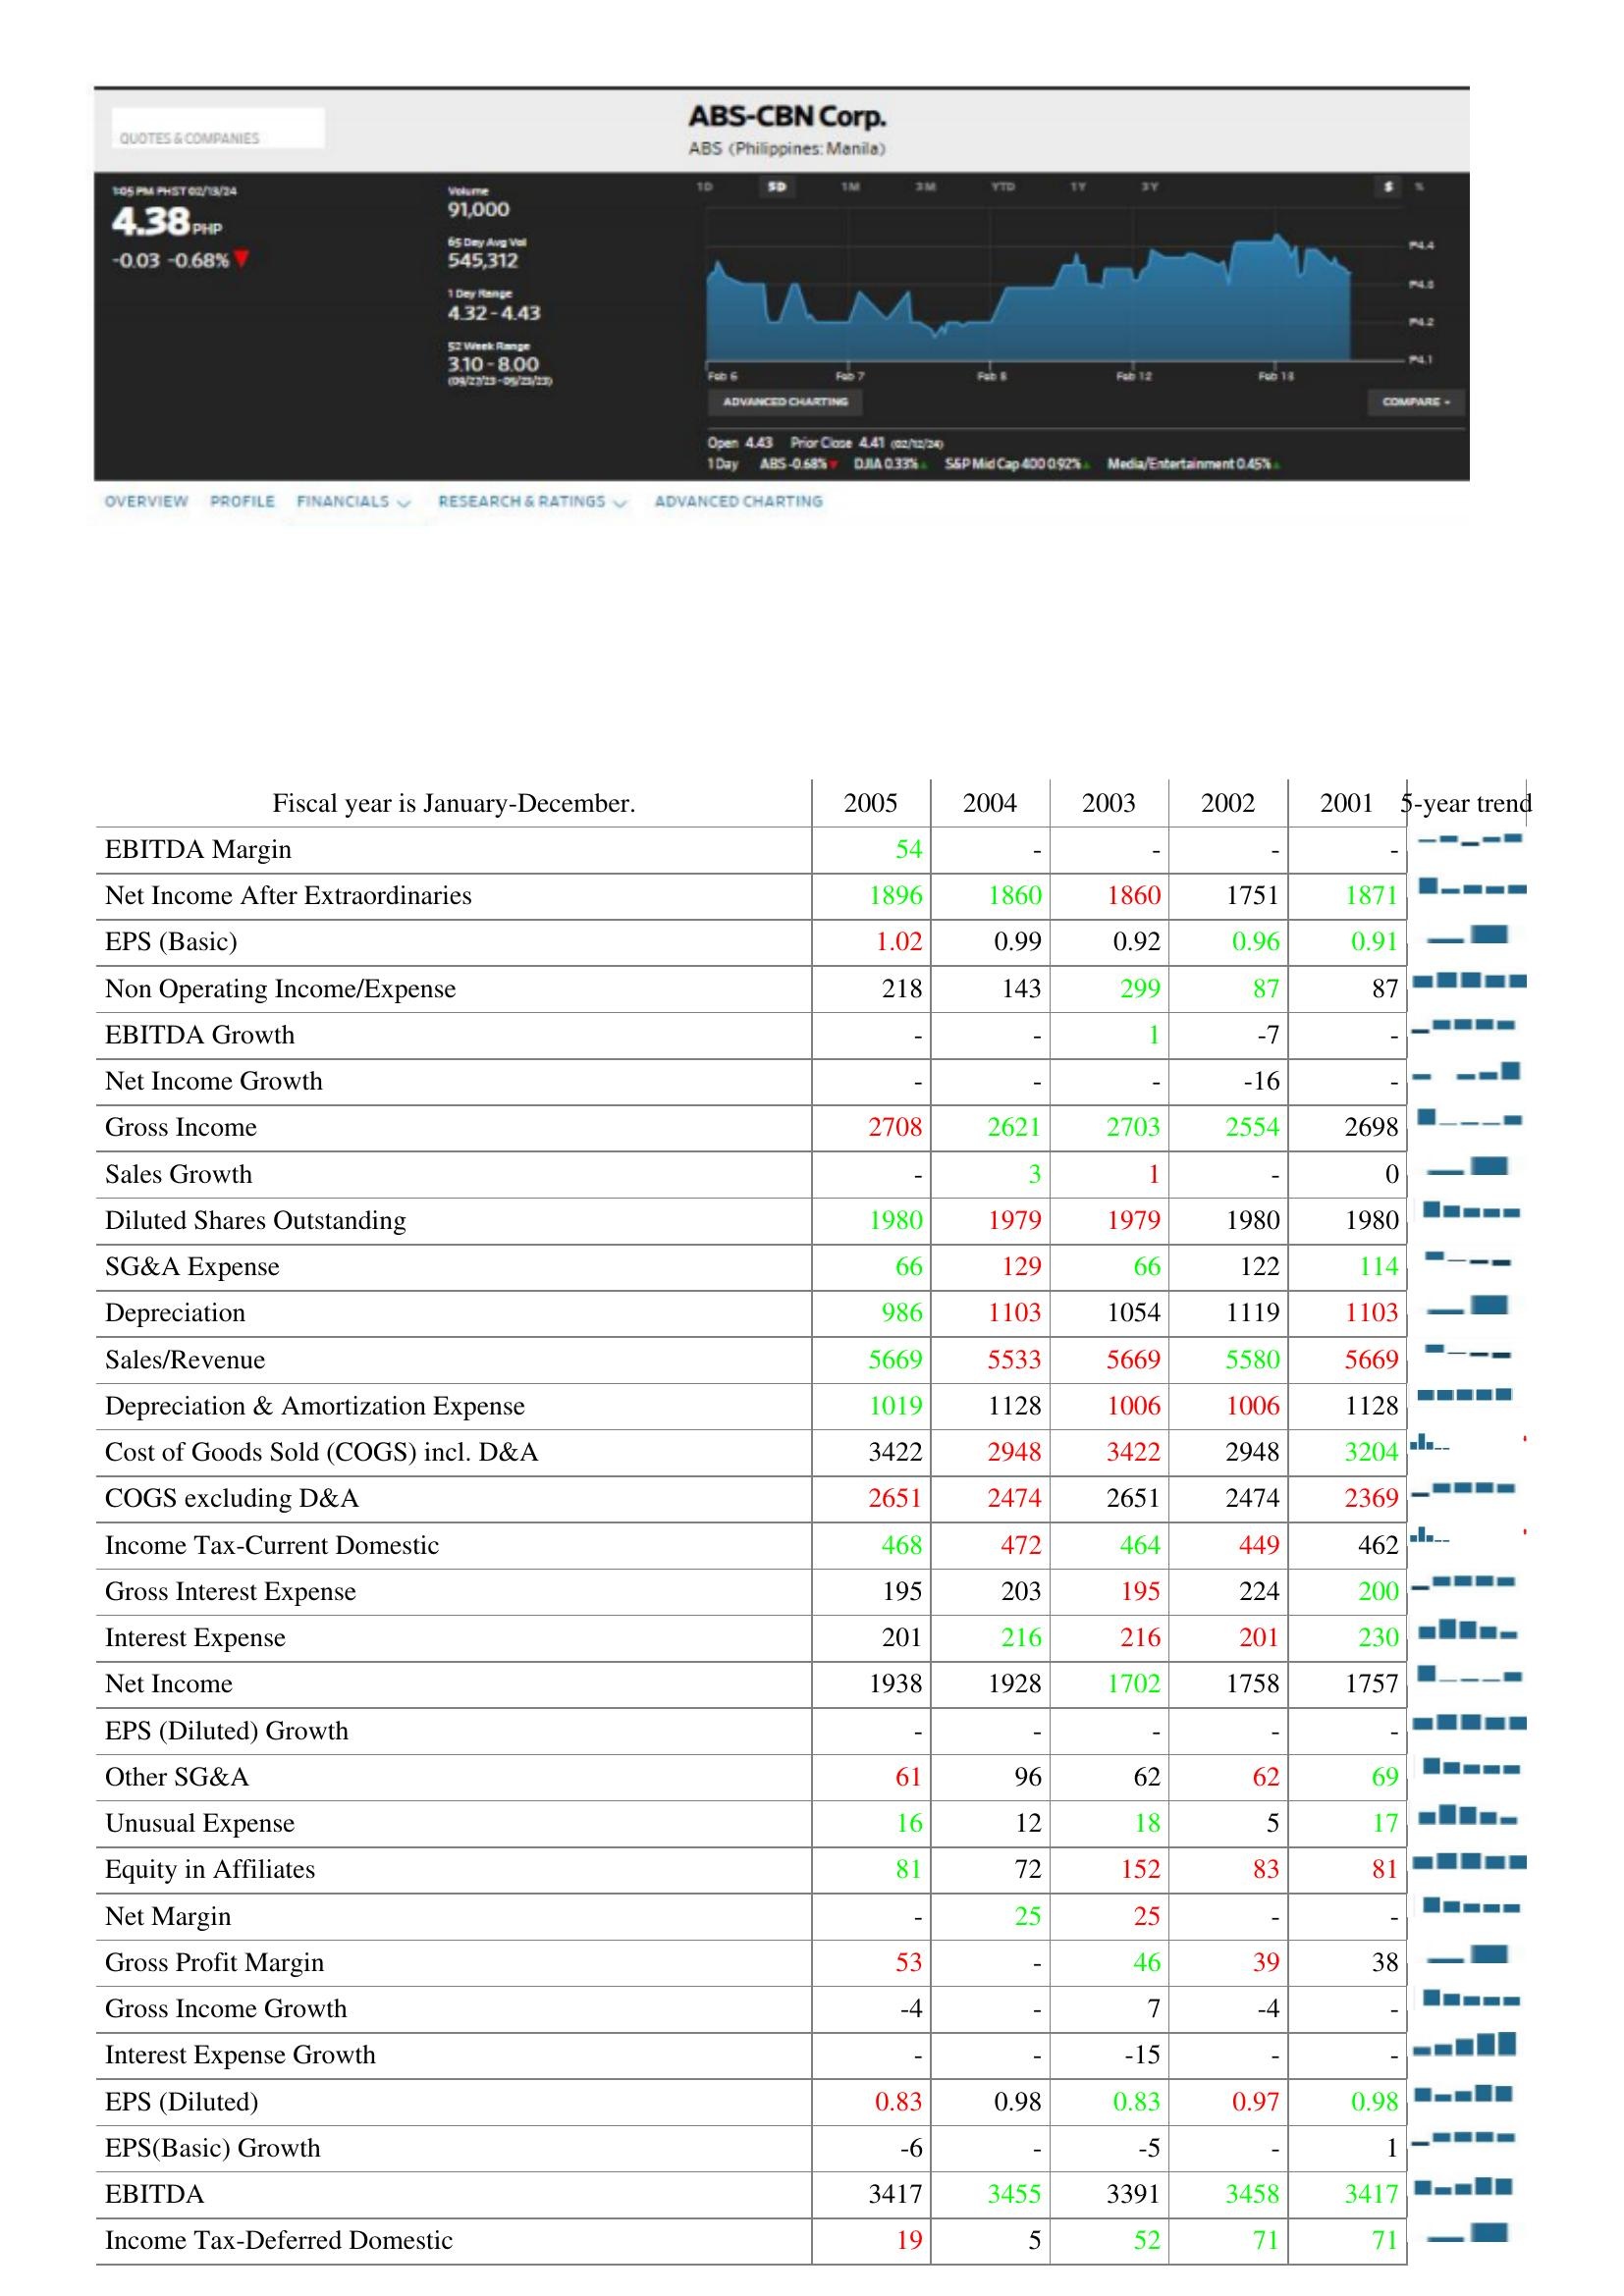
2005: : EBITDA Margin: 54
Net Income After Extraordinaries: 1896
EPS (Basic): 1.02
Non Operating Income/Expense: 218
EBITDA Growth: -
Net Income Growth: -
Gross Income: 2708
Sales Growth: -
Diluted Shares Outstanding: 1980
SG&A Expense: 66
Depreciation: 986
Sales/Revenue: 5669
Depreciation & Amortization Expense: 1019
Cost of Goods Sold (COGS) incl. D&A: 3422
COGS excluding D&A: 2651
Income Tax-Current Domestic: 468
Gross Interest Expense: 195
Interest Expense: 201
Net Income: 1938
EPS (Diluted) Growth: -
Other SG&A: 61
Unusual Expense: 16
Equity in Affiliates: 81
Net Margin: -
Gross Profit Margin: 53
Gross Income Growth: -4
Interest Expense Growth: -
EPS (Diluted): 0.83
EPS(Basic) Growth: -6
EBITDA: 3417
Income Tax-Deferred Domestic: 19
2004: : EBITDA Margin: -
Net Income After Extraordinaries: 1860
EPS (Basic): 0.99
Non Operating Income/Expense: 143
EBITDA Growth: -
Net Income Growth: -
Gross Income: 2621
Sales Growth: 3
Diluted Shares Outstanding: 1979
SG&A Expense: 129
Depreciation: 1103
Sales/Revenue: 5533
Depreciation & Amortization Expense: 1128
Cost of Goods Sold (COGS) incl. D&A: 2948
COGS excluding D&A: 2474
Income Tax-Current Domestic: 472
Gross Interest Expense: 203
Interest Expense: 216
Net Income: 1928
EPS (Diluted) Growth: -
Other SG&A: 96
Unusual Expense: 12
Equity in Affiliates: 72
Net Margin: 25
Gross Profit Margin: -
Gross Income Growth: -
Interest Expense Growth: -
EPS (Diluted): 0.98
EPS(Basic) Growth: -
EBITDA: 3455
Income Tax-Deferred Domestic: 5
2003: : EBITDA Margin: -
Net Income After Extraordinaries: 1860
EPS (Basic): 0.92
Non Operating Income/Expense: 299
EBITDA Growth: 1
Net Income Growth: -
Gross Income: 2703
Sales Growth: 1
Diluted Shares Outstanding: 1979
SG&A Expense: 66
Depreciation: 1054
Sales/Revenue: 5669
Depreciation & Amortization Expense: 1006
Cost of Goods Sold (COGS) incl. D&A: 3422
COGS excluding D&A: 2651
Income Tax-Current Domestic: 464
Gross Interest Expense: 195
Interest Expense: 216
Net Income: 1702
EPS (Diluted) Growth: -
Other SG&A: 62
Unusual Expense: 18
Equity in Affiliates: 152
Net Margin: 25
Gross Profit Margin: 46
Gross Income Growth: 7
Interest Expense Growth: -15
EPS (Diluted): 0.83
EPS(Basic) Growth: -5
EBITDA: 3391
Income Tax-Deferred Domestic: 52
2002: : EBITDA Margin: -
Net Income After Extraordinaries: 1751
EPS (Basic): 0.96
Non Operating Income/Expense: 87
EBITDA Growth: -7
Net Income Growth: -16
Gross Income: 2554
Sales Growth: -
Diluted Shares Outstanding: 1980
SG&A Expense: 122
Depreciation: 1119
Sales/Revenue: 5580
Depreciation & Amortization Expense: 1006
Cost of Goods Sold (COGS) incl. D&A: 2948
COGS excluding D&A: 2474
Income Tax-Current Domestic: 449
Gross Interest Expense: 224
Interest Expense: 201
Net Income: 1758
EPS (Diluted) Growth: -
Other SG&A: 62
Unusual Expense: 5
Equity in Affiliates: 83
Net Margin: -
Gross Profit Margin: 39
Gross Income Growth: -4
Interest Expense Growth: -
EPS (Diluted): 0.97
EPS(Basic) Growth: -
EBITDA: 3458
Income Tax-Deferred Domestic: 71
2001: : EBITDA Margin: -
Net Income After Extraordinaries: 1871
EPS (Basic): 0.91
Non Operating Income/Expense: 87
EBITDA Growth: -
Net Income Growth: -
Gross Income: 2698
Sales Growth: 0
Diluted Shares Outstanding: 1980
SG&A Expense: 114
Depreciation: 1103
Sales/Revenue: 5669
Depreciation & Amortization Expense: 1128
Cost of Goods Sold (COGS) incl. D&A: 3204
COGS excluding D&A: 2369
Income Tax-Current Domestic: 462
Gross Interest Expense: 200
Interest Expense: 230
Net Income: 1757
EPS (Diluted) Growth: -
Other SG&A: 69
Unusual Expense: 17
Equity in Affiliates: 81
Net Margin: -
Gross Profit Margin: 38
Gross Income Growth: -
Interest Expense Growth: -
EPS (Diluted): 0.98
EPS(Basic) Growth: 1
EBITDA: 3417
Income Tax-Deferred Domestic: 71